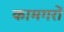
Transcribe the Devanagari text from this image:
कामगरों